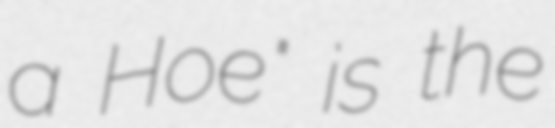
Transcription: a Hoe" is the